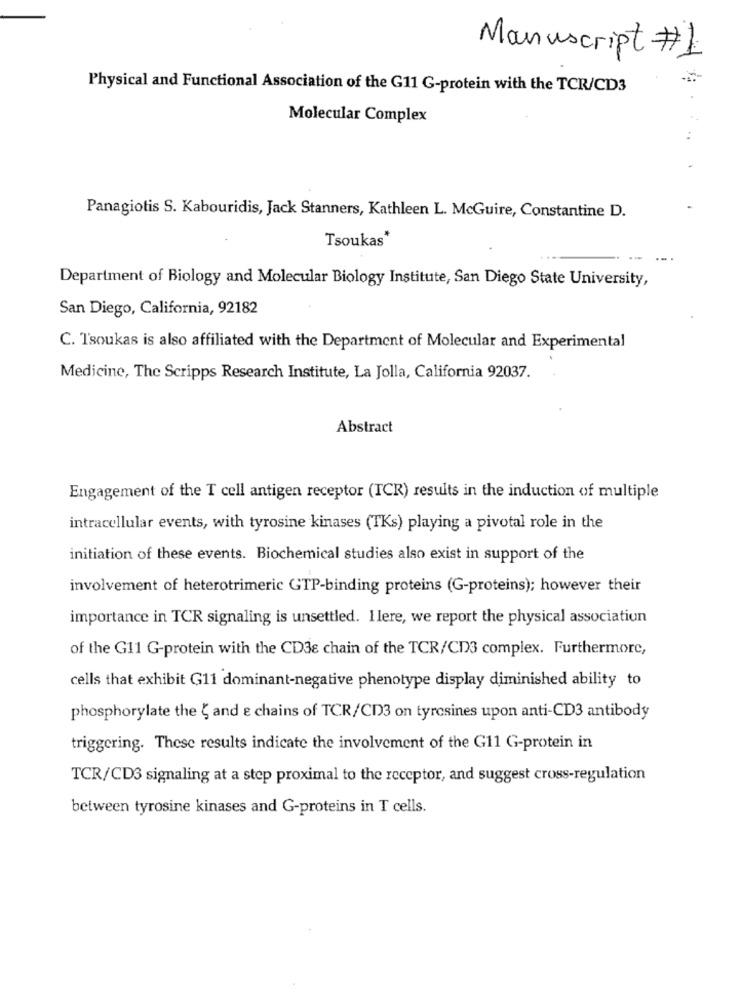
Manuscript #1
Physical and Functional Association of the G11 G-protein with the TCR/CD3
Molecular Complex
Panagiotis S. Kabouridis, Jack Stanners, Kathleen L. McGuire, Constantine D.
Tsoukas*
Department of Biology and Molecular Biology Institute, San Diego State University,
San Diego, California, 92182
C. T'soukas is also affiliated with the Department of Molecular and Experimental
Medicine, The Scripps Research Institute, La Jolla, California 92037.
Abstract
Engagement of the T cell antigen receptor (TCR) results in the induction of multiple
intracellular events, with tyrosine kinases (TKs) playing a pivotal role in the
initiation of these events. Biochemical studies also exist in support of the
involvement of heterotrimeric GTP-binding proteins (G-proteins); however their
importance in TCR signaling is unsettled. Ilere, we report the physical associatiun
of the G11 G-protein with the CD38 chain of the TCR/CDS complex. Furthermore,
cells that exhibit G11 dominant-negative phenotype display diminished ability to
phosphorylate the { and e chains of TCR/CD3 on tyrosines upon anti-CD3 antibody
triggering. These results indicate the involvement of the G11 G-protein in
TCR/CDS signaling at a step proximal to the receptor, and suggest cross-regulation
between tyrosine kinases and G-proteins in T cells.